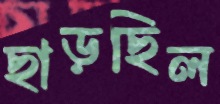
ছাড়ছিল